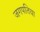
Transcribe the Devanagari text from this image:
जगपतिया